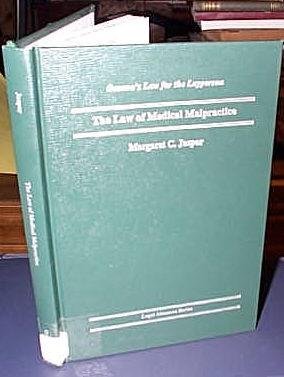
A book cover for Law of Medical Malpractice (Oceana's Legal Almanac. Law for the Layperson); Margaret C. Jasper; Engineering & Transportation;